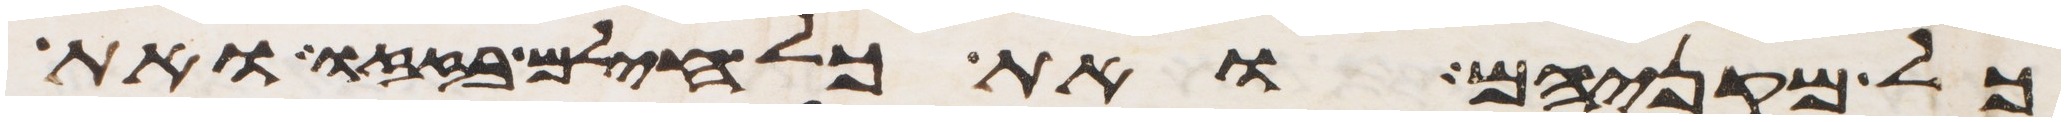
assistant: כל מקניהם ואת כל חילם בזזו ואת